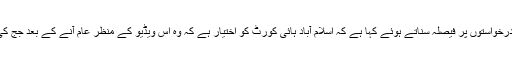
سپریم کورٹ نے اسلام آباد کی احتساب عدالت کے سابق جج ارشد ملک کی مبینہ ویڈیو سے متعلق دائر درخواستوں پر فیصلہ سناتے ہوئے کہا ہے کہ اسلام آباد ہائی کورٹ کو اختیار ہے کہ وہ اس ویڈیو کے منظرِ عام آنے کے بعد جج کی طرف سے سابق وزیر اعظم میاں نواز شریف کو دی جانے والی سزا کا از سرِ نو جائزہ لے سکتی ہے۔